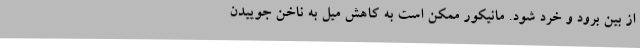
از بین برود و خرد شود. مانیکور ممکن است به کاهش میل به ناخن جوییدن